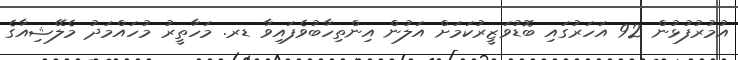
އުމުރުފުޅުން 92 އަހަރުގައި ބޮޑުވަޒީރުކަމަށް އަލުން އިންތިހާބުވެފައިވާ ޑރ. މަހާތީރު މުހައްމަދު މެލޭޝިއާގެ